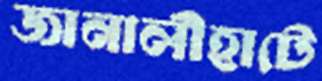
জানালীহাটে